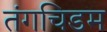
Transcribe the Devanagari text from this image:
तंगचिडम